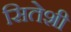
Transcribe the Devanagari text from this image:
सितेशी